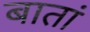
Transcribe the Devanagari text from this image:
बातां